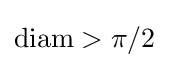
\operatorname {diam} >\pi /2